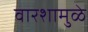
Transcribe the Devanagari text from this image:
वारशामुळे